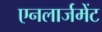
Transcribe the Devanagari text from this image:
एनलार्जमेंट